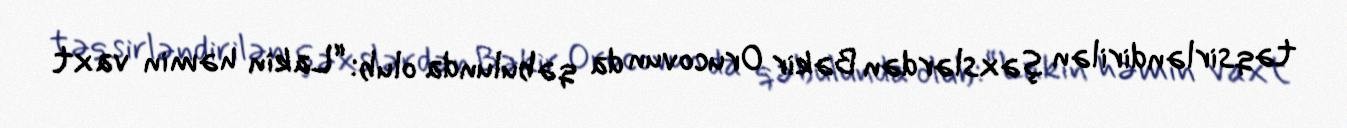
təqsirləndirilən şəxslərdən Bəkir Orucovun da qəbulunda olub: “Lakin həmin vaxt